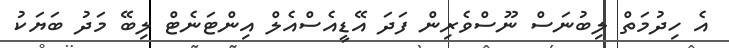
އެ ހިދުމަތް ލިބުނަސް ނޫސްވެރިން ފަދަ އޭޑީއެސްއެލް އިންޓަނެޓް ލިބޭ މަދު ބަޔަކު